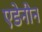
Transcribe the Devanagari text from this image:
एडेनीन